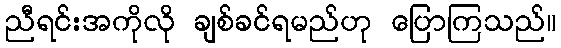
ညီရင်းအကိုလို ချစ်ခင်ရမည်ဟု ပြောကြသည်။